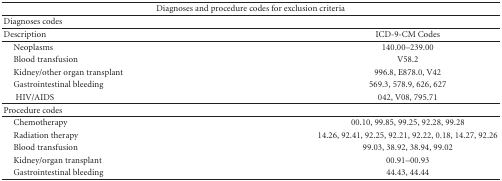
| <COLSPAN=2> Diagnoses and procedure codes for exclusion criteria |
 | --- | --- |
 | Diagnoses codes |  |
 | Description | ICD-9-CM Codes |
 | Neoplasms | 140.00–239.00 |
 | Blood transfusion | V58.2 |
 | Kidney/other organ transplant | 996.8, E878.0, V42 |
 | Gastrointestinal bleeding | 569.3, 578.9, 626, 627 |
 | HIV/AIDS | 042, V08, 795.71 |
 | Procedure codes |  |
 | Chemotherapy | 00.10, 99.85, 99.25, 92.28, 99.28 |
 | Radiation therapy | 14.26, 92.41, 92.25, 92.21, 92.22, 0.18, 14.27, 92.26 |
 | Blood transfusion | 99.03, 38.92, 38.94, 99.02 |
 | Kidney/organ transplant | 00.91–00.93 |
 | Gastrointestinal bleeding | 44.43, 44.44 |